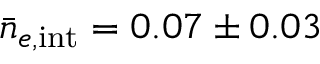
\bar { n } _ { e , { \mathrm { i n t } } } = 0 . 0 7 \pm 0 . 0 3